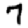
Digit: 7